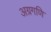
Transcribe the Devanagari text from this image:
अग्रगणि